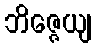
ဘိဇ္ဇေယျ